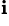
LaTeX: ^\mathbf{i}